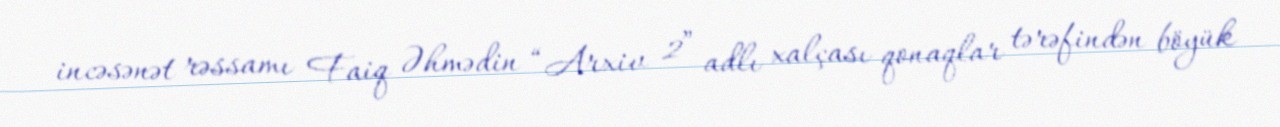
incəsənət rəssamı Faiq Əhmədin “Arxiv 2” adlı xalçası qonaqlar tərəfindən böyük